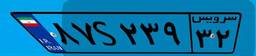
۹۵S۶۰۱۲۸